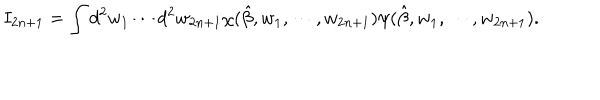
LaTeX: I _ { 2 n + 1 } = \int d ^ { 2 } w _ { 1 } \cdots d ^ { 2 } w _ { 2 n + 1 } \chi ( \hat { \beta } , w _ { 1 } , \cdots , w _ { 2 n + 1 } ) \psi ( \hat { \beta } , w _ { 1 } , \cdots , w _ { 2 n + 1 } ) .